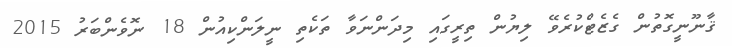
ޤާނޫނީގޮތުން ގެޒެޓްކުރެވޭ ލިޔުން ތިރީގައި މިދަންނަވާ ތަކެތި ނީލަންކިއުން 18 ނޮވެންބަރު 2015